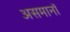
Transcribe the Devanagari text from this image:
असमानॉ